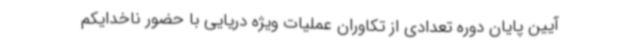
آیین پایان دوره تعدادی از تکاوران عملیات ویژه دریایی با حضور ناخدایکم